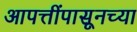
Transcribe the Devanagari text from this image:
आपत्तींपासूनच्या